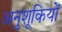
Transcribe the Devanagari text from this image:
अनुशूकियों